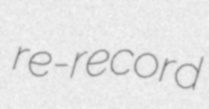
re-record